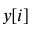
y [ i ]